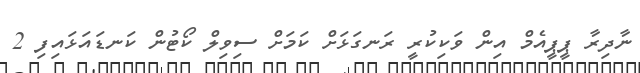
ނާދިރާ ޕީޕީއެމް އިން ވަކިކުރީ ރަނގަޅަށް ކަމަށް ސިވިލް ކޯޓުން ކަނޑައަޅައިފި 2